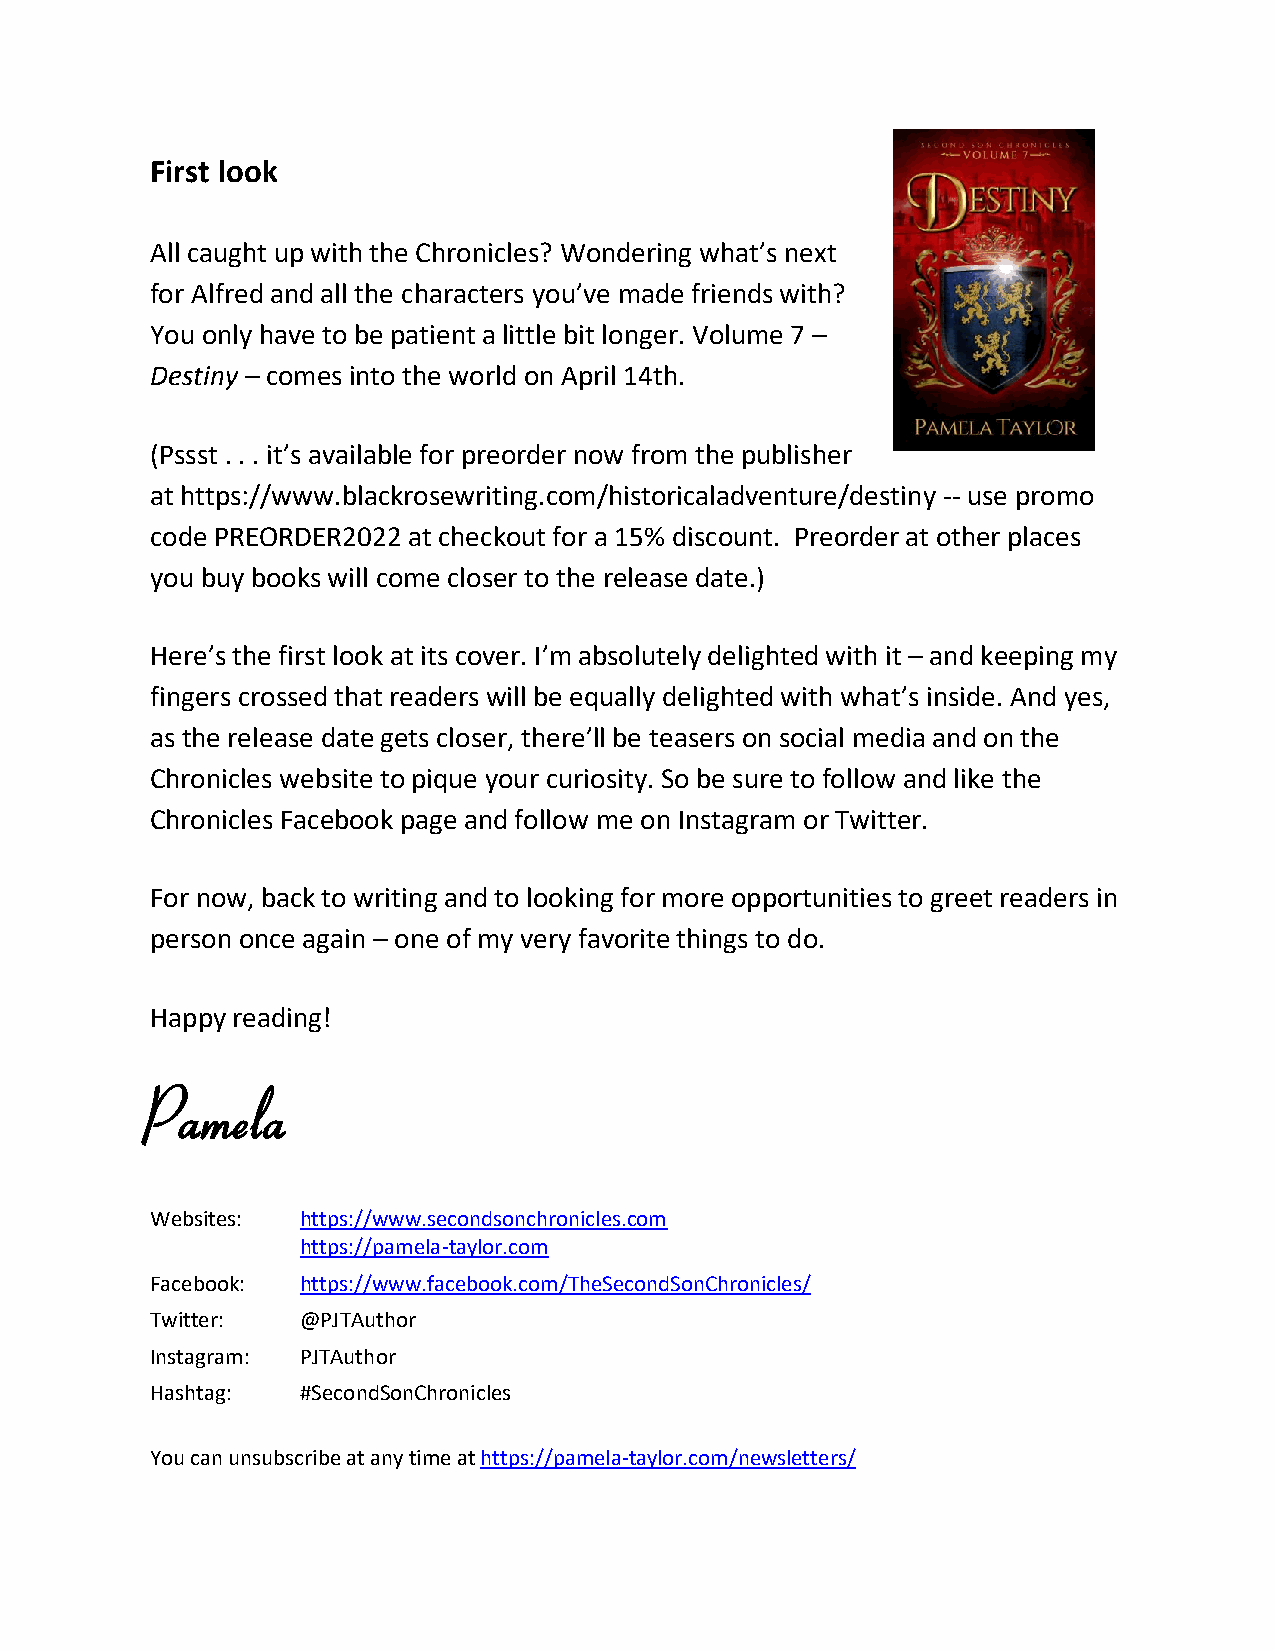
First look
 All caught up with the Chronicles? Wondering what’s next
 for Alfred and all the characters you’ve made friends with?
 You only have to be patient a little bit longer. Volume 7 –
 Destiny – comes into the world on April 14th.
 (Pssst . . . it’s available for preorder now from the publisher
 at https://www.blackrosewriting.com/historicaladventure/destiny -- use promo
 code PREORDER2022 at checkout for a 15% discount. Preorder at other places
 you buy books will come closer to the release date.)
 Here’s the first look at its cover. I’m absolutely delighted with it – and keeping my
 fingers crossed that readers will be equally delighted with what’s inside. And yes,
 as the release date gets closer, there’ll be teasers on social media and on the
 Chronicles website to pique your curiosity. So be sure to follow and like the
 Chronicles Facebook page and follow me on Instagram or Twitter.
 For now, back to writing and to looking for more opportunities to greet readers in
 person once again – one of my very favorite things to do.
 Happy reading!
 Pamela
 Websites: https://www.secondsonchronicles.com
 https://pamela-taylor.com
 Facebook: https://www.facebook.com/TheSecondSonChronicles/
 Twitter:  @PJTAuthor
 Instagram: PJTAuthor
 Hashtag:  #SecondSonChronicles
 You can unsubscribe at any time at https://pamela-taylor.com/newsletters/